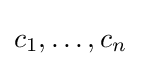
c_{1},\ldots ,c_{n}